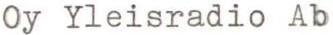
Oy Yleisradio Ab